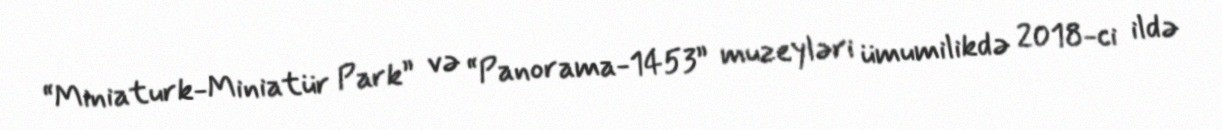
“Miniaturk-Miniatür Park” və “Panorama-1453” muzeyləri ümumilikdə 2018-ci ildə